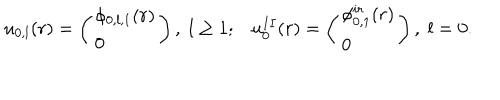
u _ { 0 , l } ( r ) = \left( \begin{array} { l } { { \phi _ { 0 , l , 1 } ( r ) } } \\ { { 0 } } \\ \end{array} \right) , \mathrm { \; } { } l \geq 1 ; u _ { 0 } ^ { I I } ( r ) = \left( \begin{array} { l } { { \phi _ { 0 , 1 } ^ { i r } ( r ) } } \\ { { 0 } } \\ \end{array} \right) , \; { } l = 0 .